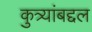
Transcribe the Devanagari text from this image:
कुत्र्यांबद्दल